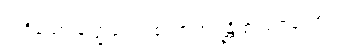
ဘဒ္ဒိယော ခဏ္ဍဒေပါ စ၊ ဗာဟုရန္တိ စ သင်္ဂိယော။